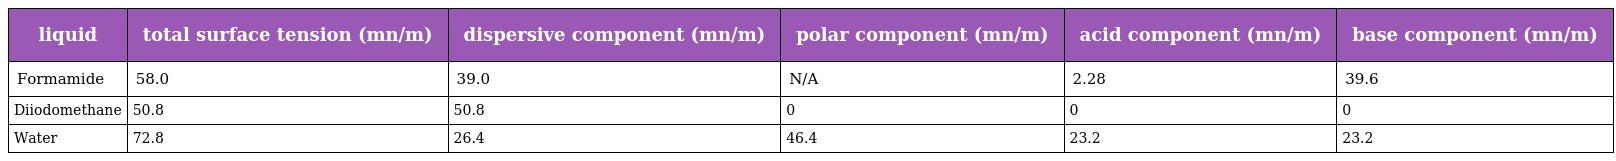
| liquid | total surface tension (mn/m) | dispersive component (mn/m) | polar component (mn/m) | acid component (mn/m) | base component (mn/m) |
 | --- | --- | --- | --- | --- | --- |
 | Formamide | 58.0 | 39.0 | N/A | 2.28 | 39.6 |
 | Diiodomethane | 50.8 | 50.8 | 0 | 0 | 0 |
 | Water | 72.8 | 26.4 | 46.4 | 23.2 | 23.2 |